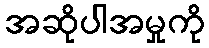
အဆိုပါအမှုကို